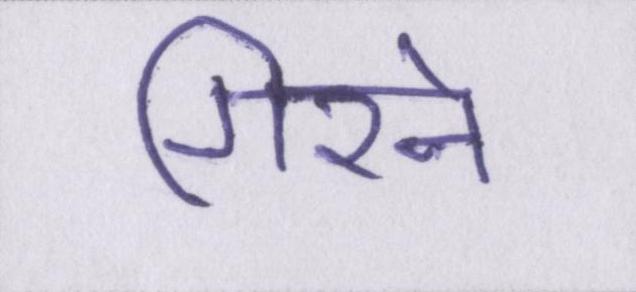
गिरने